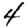
Digit: 4